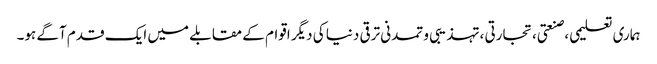
ہماری تعلیمی ،صنعتی، تجارتی ،تہذیبی و تمدنی ترقی دنیا کی دیگر اقوام کے مقابلے میں ایک قدم آگے ہو۔